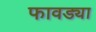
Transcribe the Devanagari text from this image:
फावड्या